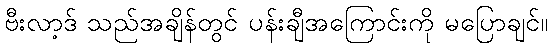
ဗီးလာ့ဒ် သည်အချိန်တွင် ပန်းချီအကြောင်းကို မပြောချင်။